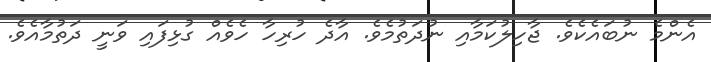
އެންމެ ނުބައެކެވެ. ޖާހިލުކަމާއި ނުދަތުމެވެ. އާދެ ހުރިހާ ހެވެއް ގުޅިފައި ވަނީ ދަތުމާއެވެ.